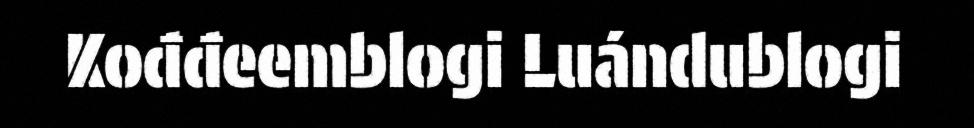
Kođđeemblogi Luándublogi